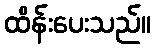
ထိန်းပေးသည်။